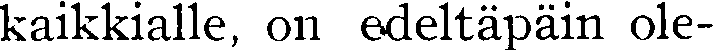
kaikkialle, on edeltäpäin ole-